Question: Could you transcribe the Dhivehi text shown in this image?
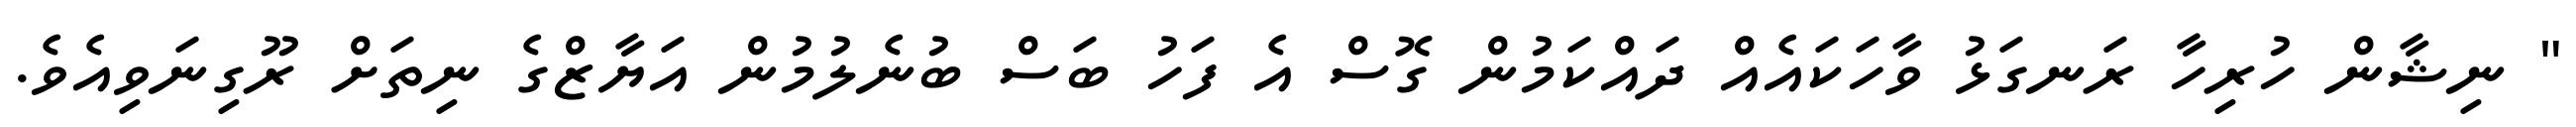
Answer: " ނިޝާން ހުރިހާ ރަނގަޅު ވާހަކައެއް ދައްކަމުން ގޮސް އެ ފަހު ބަސް ބުނެލުމުން އަޔާޒްގެ ނިތަށް ރޫގިނަވިއެވެ.